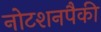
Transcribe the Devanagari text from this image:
नोटशनपैकी